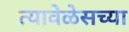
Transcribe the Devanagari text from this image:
त्यावेळेसच्या